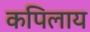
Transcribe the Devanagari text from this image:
कपिलाय